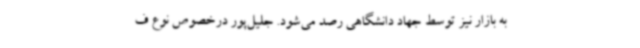
به بازار نیز توسط جهاد دانشگاهی رصد می‌شود. جلیل‌پور درخصوص نوع ف